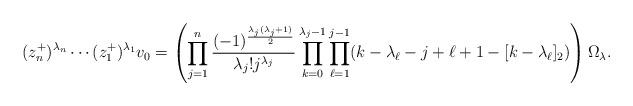
LaTeX: \begin{align*}(z_n^+)^{\lambda_n}\cdots(z_1^+)^{\lambda_1}v_0&=\left(\prod_{j=1}^n\frac{(-1)^{\frac{\lambda_j(\lambda_j+1)}{2}}}{\lambda_j!j^{\lambda_j}}\prod_{k=0}^{\lambda_j-1}\prod_{\ell=1}^{j-1}(k-\lambda_\ell-j+\ell+1-[k-\lambda_\ell ]_2)\right)\Omega_\lambda.\end{align*}